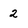
Character: 2